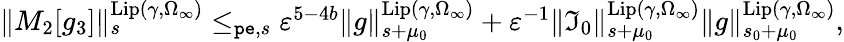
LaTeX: \begin{array}{r}{\rVert M_{2}[g_{3}]\rVert_{s}^{\mathrm{Lip}(\gamma,\Omega_{\infty})}\le_{\mathtt{pe},s}\varepsilon^{5-4b}\rVert g\rVert_{s+\mu_{0}}^{\mathrm{Lip}(\gamma,\Omega_{\infty})}+\varepsilon^{-1}\rVert\mathfrak{I}_{0}\rVert_{s+\mu_{0}}^{\mathrm{Lip}(\gamma,\Omega_{\infty})}\rVert g\rVert_{s_{0}+\mu_{0}}^{\mathrm{Lip}(\gamma,\Omega_{\infty})},}\end{array}